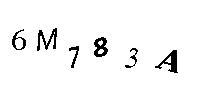
6M783A